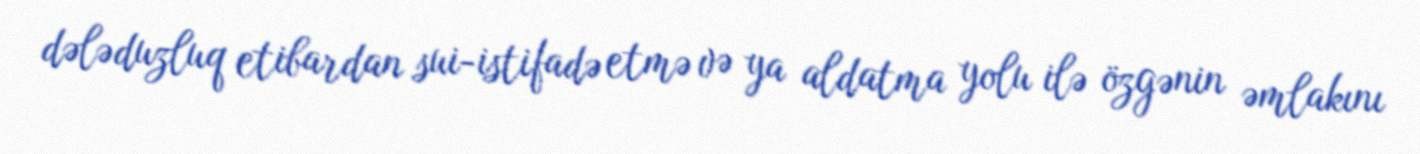
dələduzluq etibardan sui-istifadə etmə və ya aldatma yolu ilə özgənin əmlakını